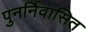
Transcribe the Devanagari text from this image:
पुनर्निवासित